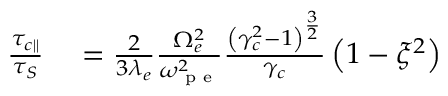
\begin{array} { r l } { \frac { \tau _ { c \parallel } } { \tau _ { S } } } & { { } = \frac { 2 } { 3 \lambda _ { e } } \frac { \Omega _ { e } ^ { 2 } } { \omega _ { \textrm { p e } } ^ { 2 } } \frac { \left( \gamma _ { c } ^ { 2 } - 1 \right) ^ { \frac { 3 } { 2 } } } { \gamma _ { c } } \left( 1 - \xi ^ { 2 } \right) } \end{array}